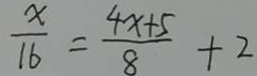
\frac { x } { 1 6 } = \frac { 4 x + 5 } { 8 } + 2